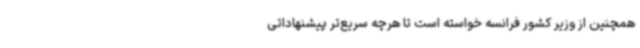
همچنین از وزیر کشور فرانسه خواسته است تا هرچه‌ سریع‌تر پیشنهاداتی